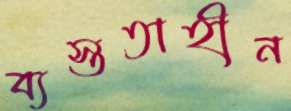
ব্যস্ততাহীন